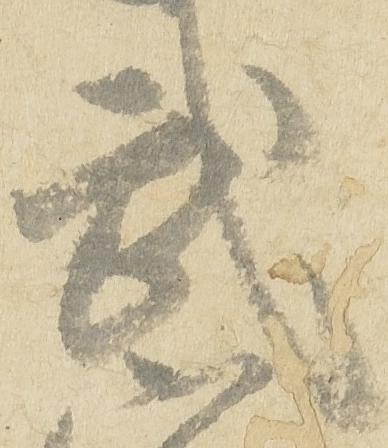
武